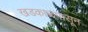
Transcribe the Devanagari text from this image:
खडकाळपासून